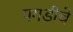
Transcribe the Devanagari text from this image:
पगडीचे